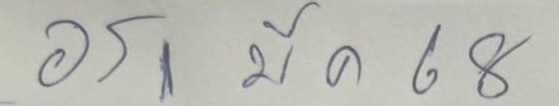
อร 1 มี ค 68